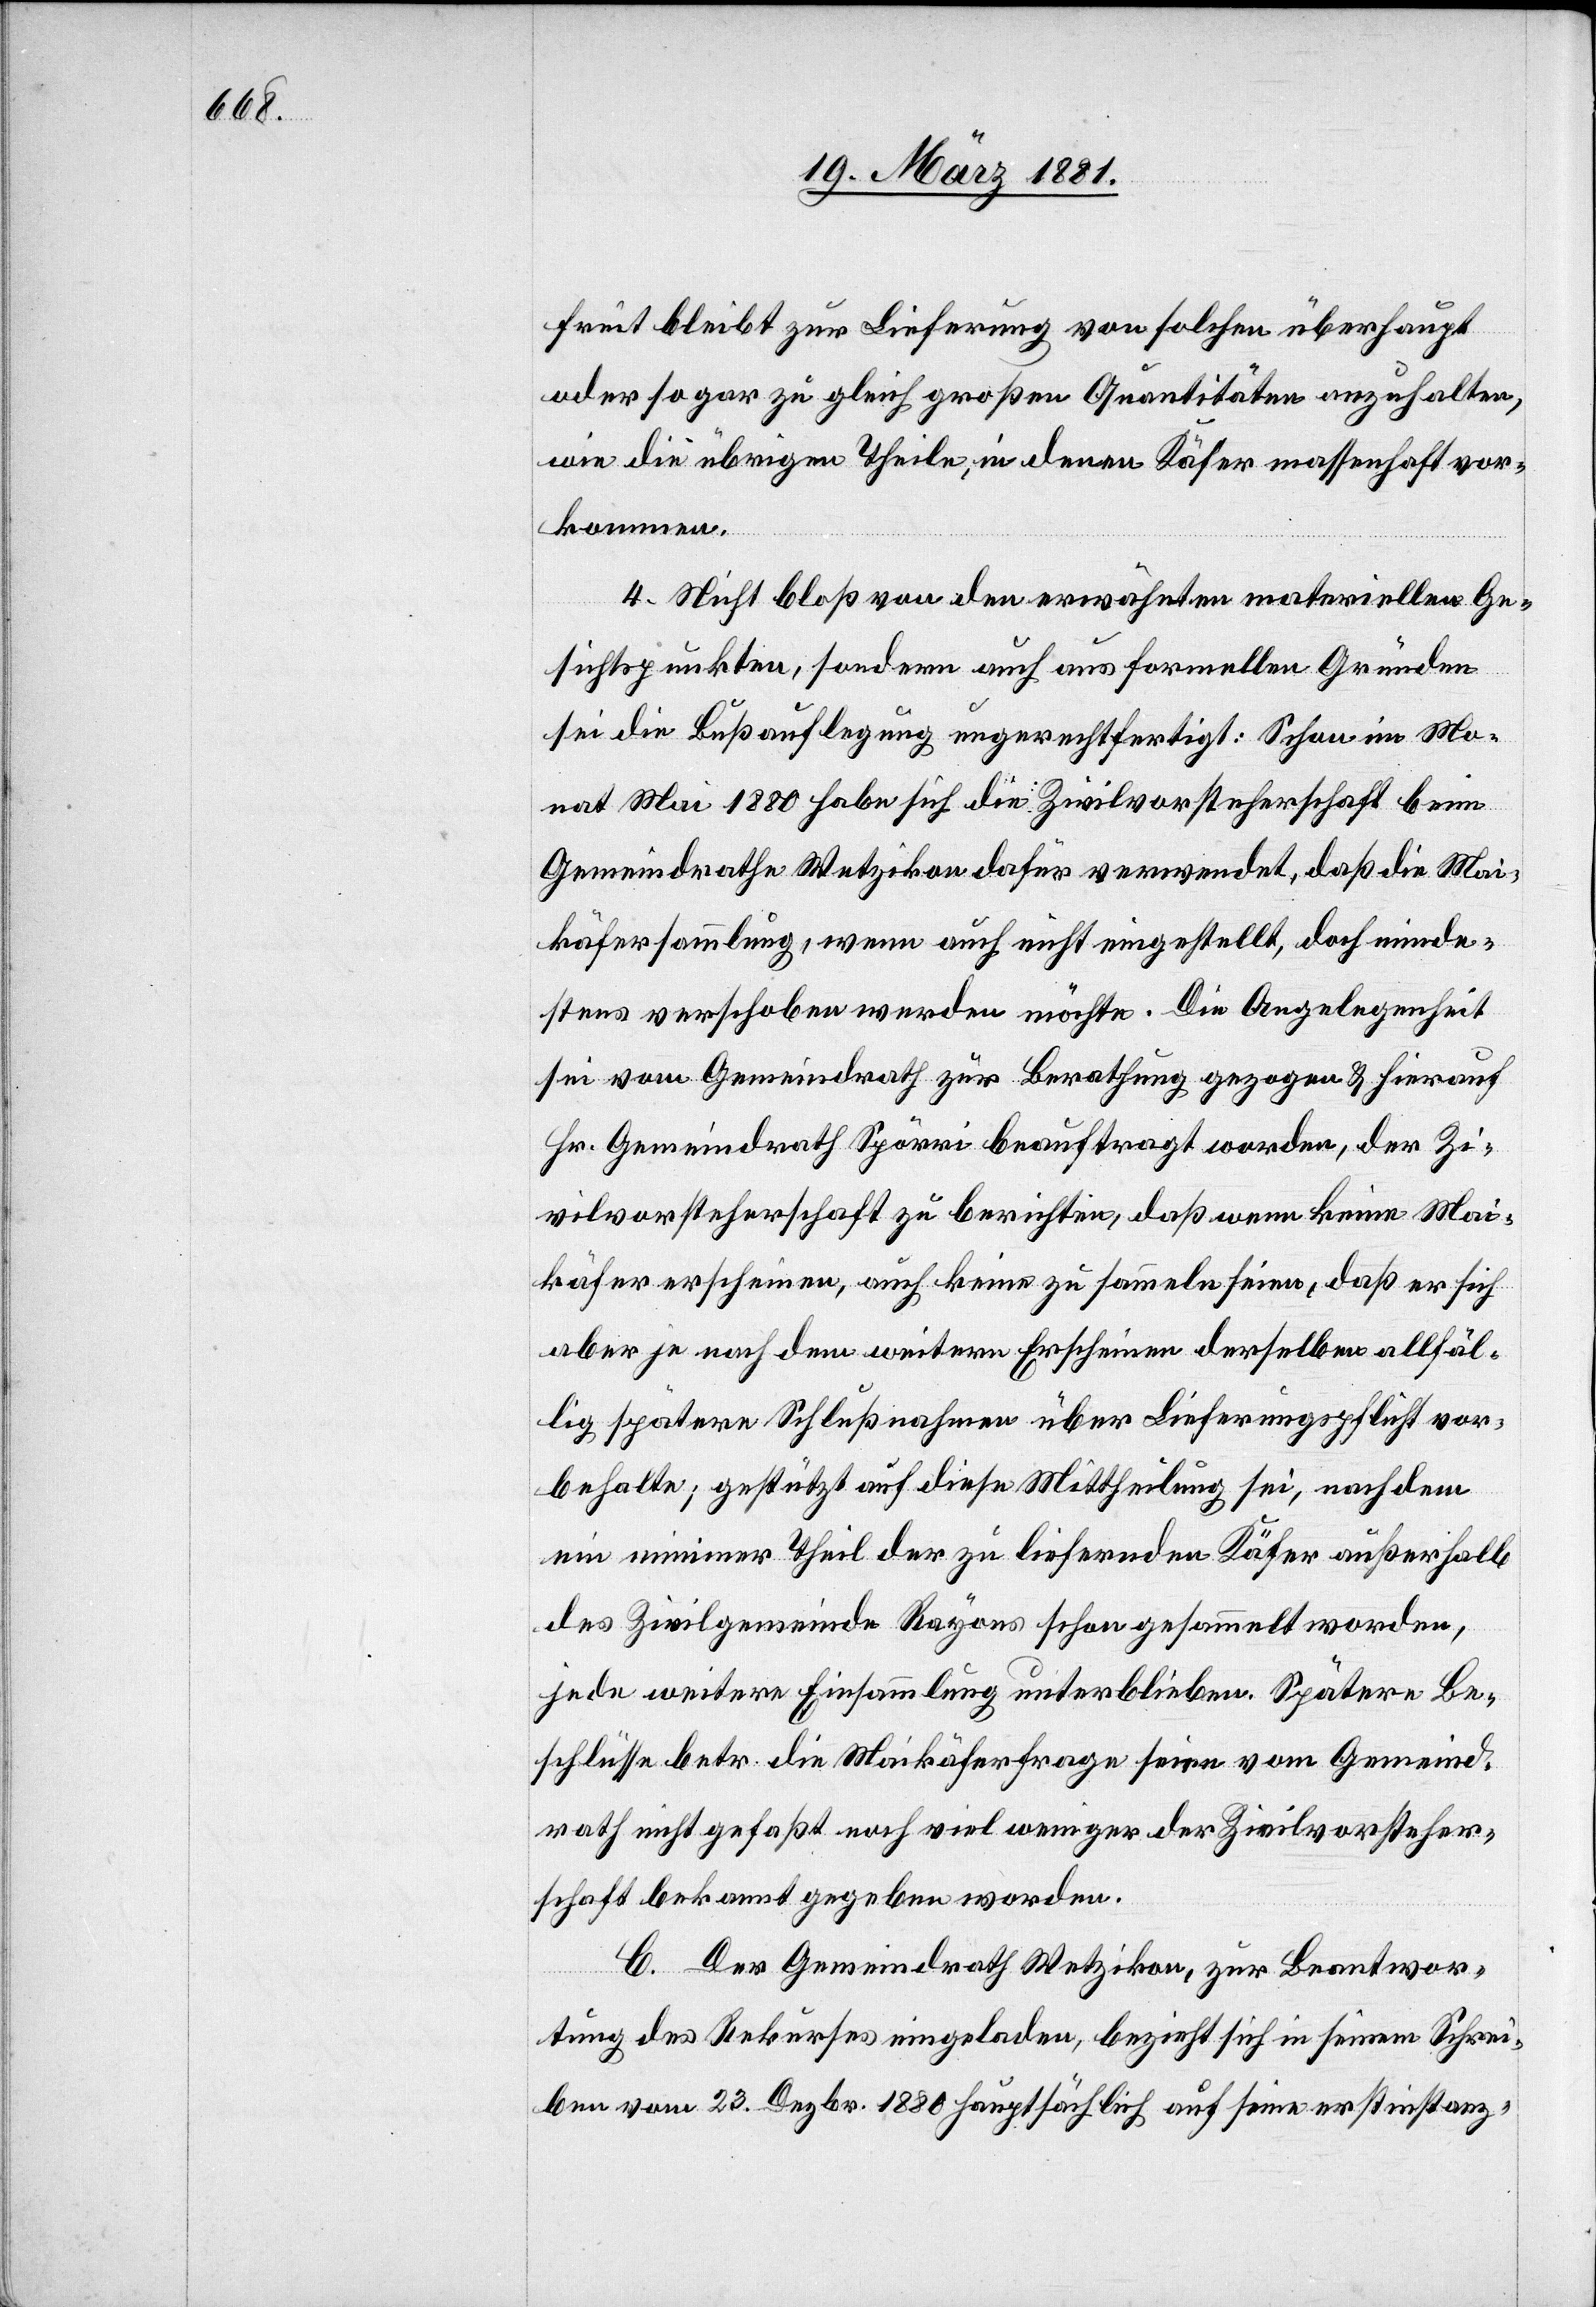
freit bleibt zur Lieferung von solchen überhaupt
oder sogar zu gleich großen Quantitäten anzuhalten,
wie die übrigen Theile, in denen Käfer massenhaft vor¬
kommen.
4. Nicht bloß von den erwähnten materiellen Ge¬
sichtspunkten, sondern auch aus formellen Gründen
sei die Bußauflegung ungerechtfertigt: schon im Mo¬
nat Mai 1880 habe sich die Zivilvorsteherschaft beim
Gemeindrathe Wetzikon dafür verwendet, daß die Mai¬
käfersammlung, wenn auch nicht eingestellt, doch minde¬
stens verschoben werden möchte. Die Angelegenheit
sei vom Gemeindrath zur Berathung gezogen & hierauf
Hr. Gemeindrath Spörri beauftragt worden, der Zi¬
vilvorsteherschaft zu berichten, daß wenn keine Mai¬
käfer erscheinen, auch keine zu sammeln seien, daß er sich
aber je nach dem weitern Erscheinen derselben allfäl¬
lig spätere Schlußnahme über Lieferungspflicht vor¬
behalte; gestützt auf diese Mittheilung sei, nachdem
ein minimer Theil der zu liefernden Käfer außerhalb
des Zivilgemeinde Rayons schon gesammelt worden,
jede weitere Einsammlung unterblieben. Spätere Be¬
schlüsse betr. die Maikäferfrage seien vom Gemeind¬
rath nicht gefaßt noch viel weniger der Zivilvorsteher¬
schaft bekannt gegeben worden.
C. Der Gemeindrath Wetzikon, zur Beantwor¬
tung des Rekurses eingeladen, bezieht sich in seinem Schrei¬
ben vom 23. Dezbr. 1880 hauptsächlich auf seine erstinstanz-